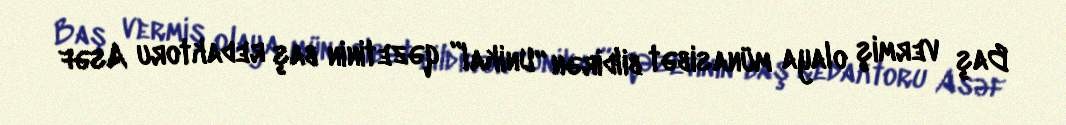
Baş vermiş olaya münasibət bildirən “Unikal” qəzetinin baş redaktoru Asəf